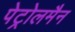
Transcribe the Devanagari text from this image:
पेट्रोलमैन